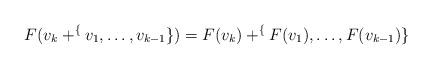
LaTeX: \begin{align*}F(v_{k}+\sp\{v_{1},\dots,v_{k-1}\})=F(v_{k})+\sp\{F(v_{1}),\dots,F(v_{k-1})\}\end{align*}